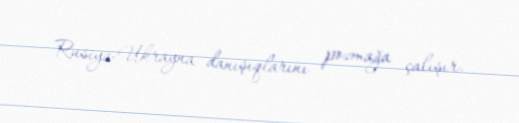
Rusiya-Ukrayna danışıqlarını pozmağa çalışır.